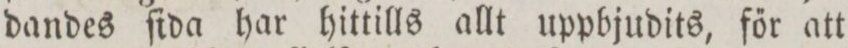
dandes ſida har hittills allt uppbjudits, főr att